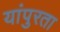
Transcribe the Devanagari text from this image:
यांपुरता